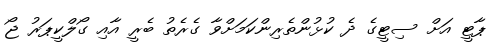
ޕާޓީ އަށް ސިޓީގެ ދެ ކުޅުންތެރިންކަމަށްވާ ގެރެތު ބެރީ އާއި ގޯލްކީޕަރު ޖޯ